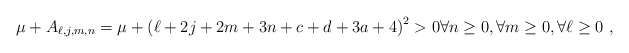
\begin{align*}\mu +A_{\ell,j,m,n}=\mu +\left(\ell+2 j + 2 m + 3 n + c + d + 3 a + 4 \right)^{2}>0 \forall n\geq 0, \forall m\geq 0, \forall \ell \geq 0 \ , \end{align*}